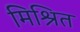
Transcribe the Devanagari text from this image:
मिश्रित